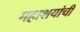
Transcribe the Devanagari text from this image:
महाशयांची